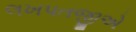
લખપતજીએ